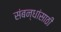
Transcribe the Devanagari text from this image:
संबन्धांसाठी